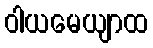
ဝါယမေယျာထ